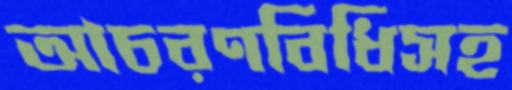
আচরণবিধিসহ